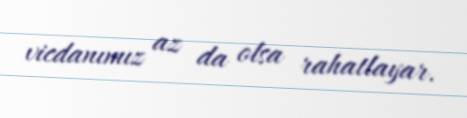
vicdanımız az da olsa rahatlayar.